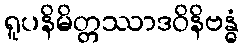
ရူပနိမိတ္တဿာဒဝိနိဗန္ဓံ